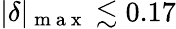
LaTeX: |\delta|_{\mathrm{~m~a~x~}}\lesssim 0.17